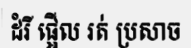
ដំរី ផ្អើល រត់ ប្រសាច